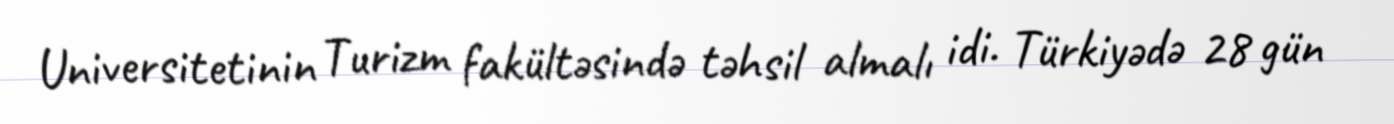
Universitetinin Turizm fakültəsində təhsil almalı idi. Türkiyədə 28 gün